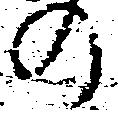
の